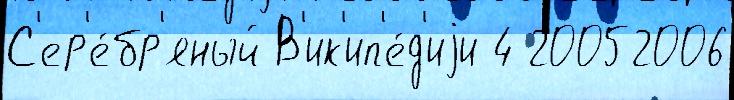
С'ер'е́бр'яный В'ик'ип'е́д'иjи 4 20052006